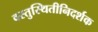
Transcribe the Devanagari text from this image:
वस्तुस्थितीनिदर्शक